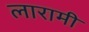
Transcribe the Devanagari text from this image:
लारामी